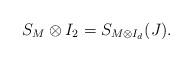
LaTeX: \begin{align*}S_{M}\otimes I_2=S_{M\otimes I_d}(J).\end{align*}